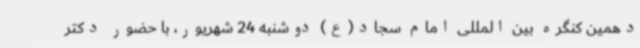
دهمین کنگره بین المللی امام سجاد(ع) دوشنبه 24 شهریور، با حضور دکتر